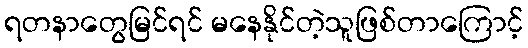
ရတနာတွေမြင်ရင် မနေနိုင်တဲ့သူဖြစ်တာကြောင့်